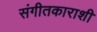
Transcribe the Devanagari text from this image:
संगीतकाराशी